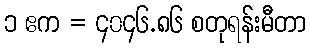
၁ ဧက = ၄၀၄၆.၈၆ စတုရန်းမီတာ